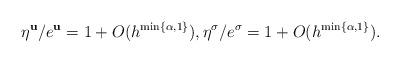
LaTeX: \begin{align*} { \eta^{\mathbf u}}/{ e^{\mathbf u}}=1+O(h^{\min\{\alpha,1\}}), {\eta^{\mathbf \sigma}}/{ e^{\mathbf \sigma}}=1+O(h^{\min\{\alpha,1\}}).\end{align*}